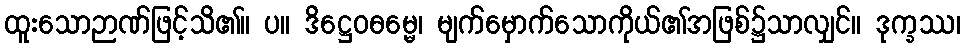
ထူးသောဉာဏ်ဖြင့်သိ၏။ ပ။ ဒိဋ္ဌေဝဓမ္မေ၊ မျက်မှောက်သောကိုယ်၏အဖြစ်၌သာလျှင်။ ဒုက္ခဿ၊